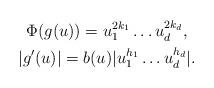
LaTeX: \begin{gather*}\Phi(g(u))=u_1^{2k_1} \ldots u_d^{2k_d}, \\|g'(u)|=b(u)|u_1^{h_1} \ldots u_d^{h_d}|.\end{gather*}